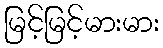
မြင့်မြင့်မားမား